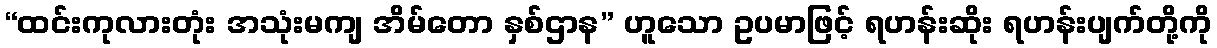
“ထင်းကုလားတုံး အသုံးမကျ အိမ်တော နှစ်ဌာန” ဟူသော ဥပမာဖြင့် ရဟန်းဆိုး ရဟန်းပျက်တို့ကို